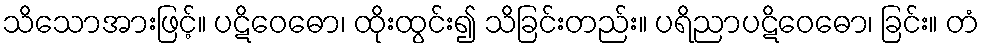
သိသောအားဖြင့်။ ပဋိဝေဓော၊ ထိုးထွင်း၍ သိခြင်းတည်း။ ပရိညာပဋိဝေဓော၊ ခြင်း။ တံ